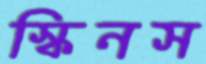
স্কিনস